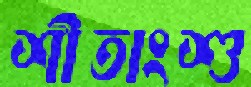
শীতাংশু